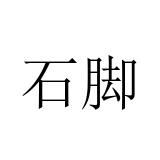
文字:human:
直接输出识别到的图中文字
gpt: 石脚